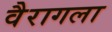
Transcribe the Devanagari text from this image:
वैरागला